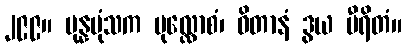
၂၉၉။ ပုန္နပုံသက မုလ္လောစံ၊ ဝိတာနံ ဒွယ မီရိတံ။